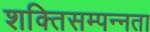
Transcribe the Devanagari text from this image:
शक्तिसम्पन्नता